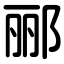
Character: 郦